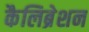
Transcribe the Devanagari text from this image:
कैलिब्रेशन